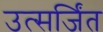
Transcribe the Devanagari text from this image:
उत्सर्जिंत